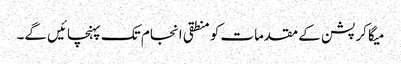
میگا کرپشن کے مقدمات کو منطقی انجام تک پہنچائیں گے۔